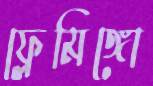
ফ্লেমিঙ্গো